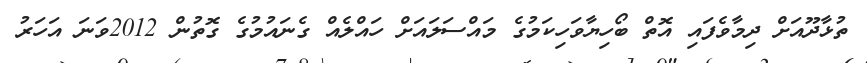
ތުޅާދޫއަށް ދިމާވެފައި އޮތް ބޯހިޔާވަހިކަމުގެ މައްސަލައަށް ހައްލެއް ގެނައުމުގެ ގޮތުން 2012ވަނަ އަހަރު